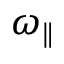
\omega _ { \parallel }